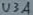
Text: U3A